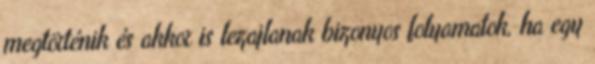
megtörténik és akkor is lezajlanak bizonyos folyamatok, ha egy